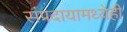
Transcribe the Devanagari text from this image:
संप्रदायामध्येही